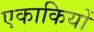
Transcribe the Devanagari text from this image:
एकाकियों